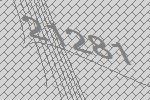
21281